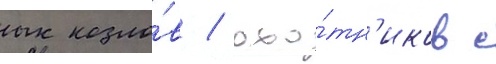
козло́в / охо́тн'иков с